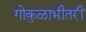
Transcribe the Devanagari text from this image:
गोकुळाभीतरीं